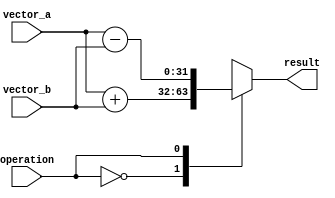
module VectorALU (
    input wire [31:0] vector_a,
    input wire [31:0] vector_b,
    input wire operation,
    output wire [31:0] result
);

reg [31:0] temp_result;

always @(*) begin
    case(operation)
        0: temp_result = vector_a + vector_b; // Addition
        1: temp_result = vector_a - vector_b; // Subtraction
        2: temp_result = vector_a * vector_b; // Multiplication
        3: temp_result = vector_a / vector_b; // Division
        // Add support for shift operations, comparison operations, and bit-wise logical operations here
        default: temp_result = 32'b0; // Default to zero
    endcase
end

assign result = temp_result;

endmodule